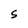
Character: S